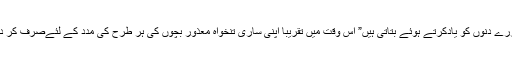
نسیمہ گزرے دنوں کو یادکرتے ہوئے بتاتی ہیں” اس وقت میں تقریبا اپنی ساری تنخواہ معذور بچوں کی ہر طرح کی مدد کے لئےصرف کر دیتی تھی۔